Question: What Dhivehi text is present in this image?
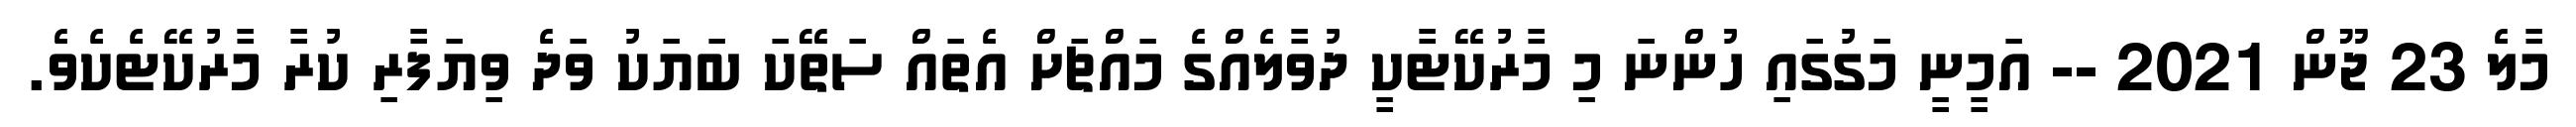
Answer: މާލެ 23 ޖޫން 2021 -- އަމީނީ މަގުގައި ހުންނަ މި މާރުކޭޓާކީ ދުވާލެއްގެ މައްޗަށް އެތައް ސަތޭކަ ބަޔަކު ވަދެ ވިޔަފާރި ކުރާ މާރުކޭޓެކެވެ.